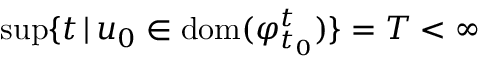
\operatorname* { s u p } \{ t \, | \, u _ { 0 } \in \mathrm { d o m } ( \varphi _ { t _ { 0 } } ^ { t } ) \} = T < \infty